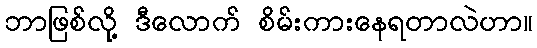
ဘာဖြစ်လို့ ဒီလောက် စိမ်းကားနေရတာလဲဟာ။